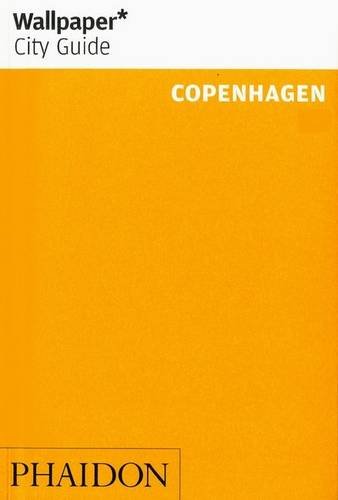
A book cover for Wallpaper* City Guide Copenhagen; Wallpaper*; Travel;